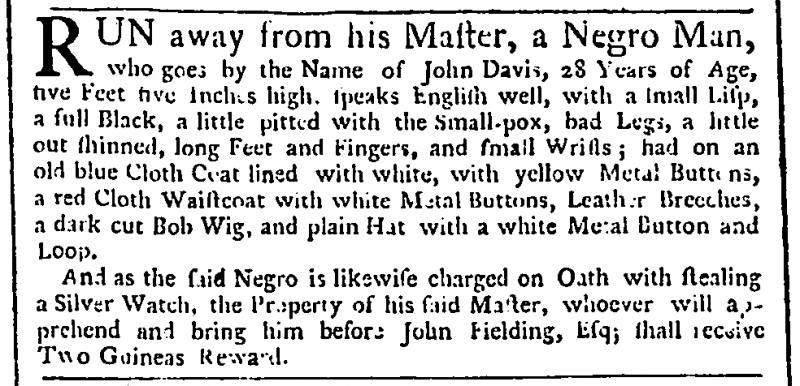
Public Advertiser, 12 February 1760 (England)
RUN away from his Master, a Negro Man, who goes by the Name of John Davis, 28 Years of Age, five Feet five Inches high. speaks English well, with a small lisp, a full Black, a little pitted with the Small-pox, bad Legs, a little out shinned, long Feet and Fingers, and small Wrists; had on an old blue Cloth Coat lined with white, with yellow Metal Buttons, a red Cloth Waistcoat with white Metal Buttons, Leather Breeches, a dark cut Bob Wig, and plain Hat with a white Metal Button and Loop.  And as the said Negro is likewise charged on Oath with stealing a Silver Watch, the Property of his said Master, whoever will apprehend and bring him before John Fielding, Esq; shall receive Two Guineas Reward.